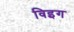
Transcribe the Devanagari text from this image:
विइग